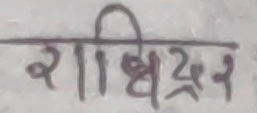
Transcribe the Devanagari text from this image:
रीधिद्रिन